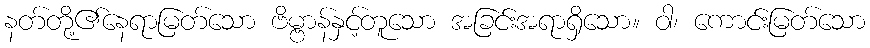
နတ်တို့၏နေရာမြတ်သော ဗိမ္ဗာန်နှင့်တူသော အခြင်းအရာရှိသော။ ဝါ၊ ကောင်းမြတ်သော